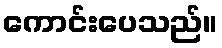
ကောင်းပေသည်။